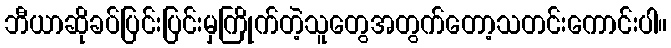
ဘီယာဆိုခပ်ပြင်းပြင်းမှကြိုက်တဲ့သူတွေအတွက်တော့သတင်းကောင်းပါ။